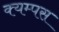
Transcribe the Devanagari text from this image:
क्यम्पस